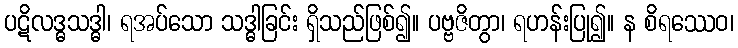
ပဋိလဒ္ဓသဒ္ဓါ၊ ရအပ်သော သဒ္ဓါခြင်း ရှိသည်ဖြစ်၍။ ပဗ္ဗဇိတွာ၊ ရဟန်းပြု၍။ န စိရဿေဝ၊